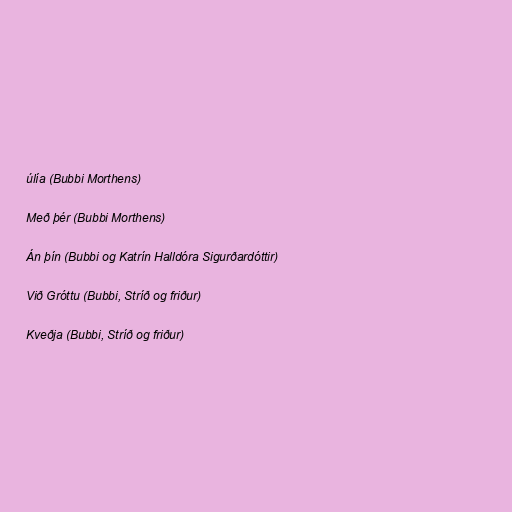
úlía (Bubbi Morthens)

Með þér (Bubbi Morthens)

Án þín (Bubbi og Katrín Halldóra Sigurðardóttir)

Við Gróttu (Bubbi, Stríð og friður)

Kveðja (Bubbi, Stríð og friður)